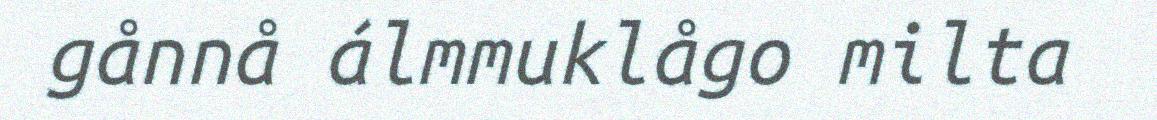
gånnå álmmuklågo milta